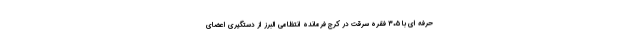
حرفه ای با ۳۰۵ فقره سرقت در کرج فرمانده انتظامی البرز از دستگیری اعضای